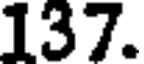
137.